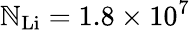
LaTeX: \mathbb{N}_{\mathrm{{{Li}}}}=1.8\times10^{7}